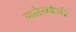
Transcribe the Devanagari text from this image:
गलेनबेर्जर